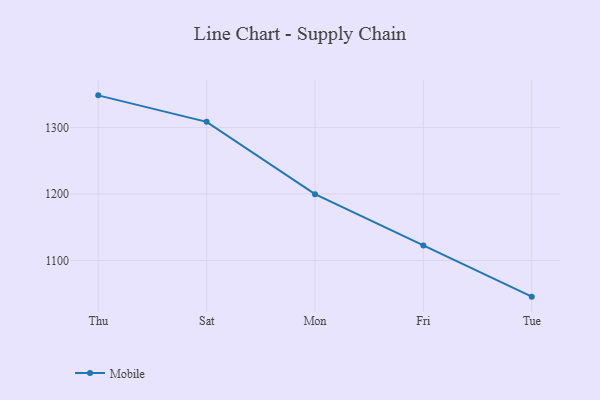
{"axis": {"x": "Day", "y": "Waste Production (Tons)"}, "legend": ["Mobile"], "data": [{"x": "Thu", "y": 1348.2, "type": "Mobile"}, {"x": "Sat", "y": 1308.4, "type": "Mobile"}, {"x": "Mon", "y": 1199.7, "type": "Mobile"}, {"x": "Fri", "y": 1122.5, "type": "Mobile"}, {"x": "Tue", "y": 1045.6, "type": "Mobile"}]}